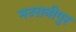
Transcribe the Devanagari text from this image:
मउरानीपुर